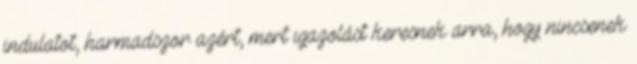
indulatot, harmadszor azért, mert igazolást keresnek arra, hogy nincsenek